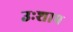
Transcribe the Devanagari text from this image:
उःशाप